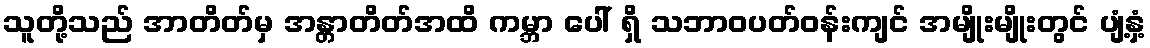
သူတို့သည် အာတိတ်မှ အန္တာတိတ်အထိ ကမ္ဘာ ပေါ် ရှိ သဘာဝပတ်ဝန်းကျင် အမျိုးမျိုးတွင် ပျံ့နှံ့